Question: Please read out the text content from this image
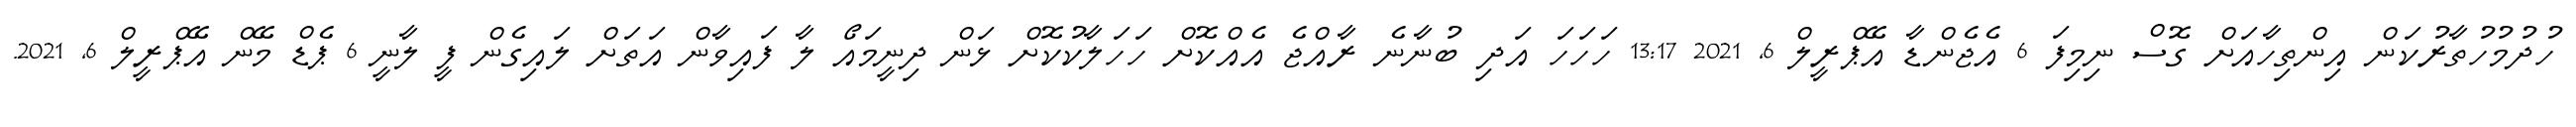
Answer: ހުދުމުހުތާރުކަން އިންތިހާއަށް ގޮސް ނިމިފަ 6 އެޖެންޑާ އޭޕްރީލް 6, 2021 13:17 ހަހަހަ އަދި ބުނާނެ ރާއްޖެ އެއްކޮށް ހަހަލާކުކޮށް ޅަން ދިނީމައޯ ލާ ފައިވާން އަތަށް ލައިގެން ފީ ލާނީ 6 ޕެޑް މޭން އޭޕްރީލް 6, 2021.